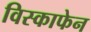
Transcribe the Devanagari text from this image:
विस्काफेन